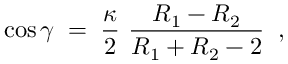
\cos \gamma \; = \; \frac { \kappa } { 2 } ~ \frac { R _ { 1 } - R _ { 2 } } { R _ { 1 } + R _ { 2 } - 2 } \; \; ,